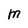
Character: M